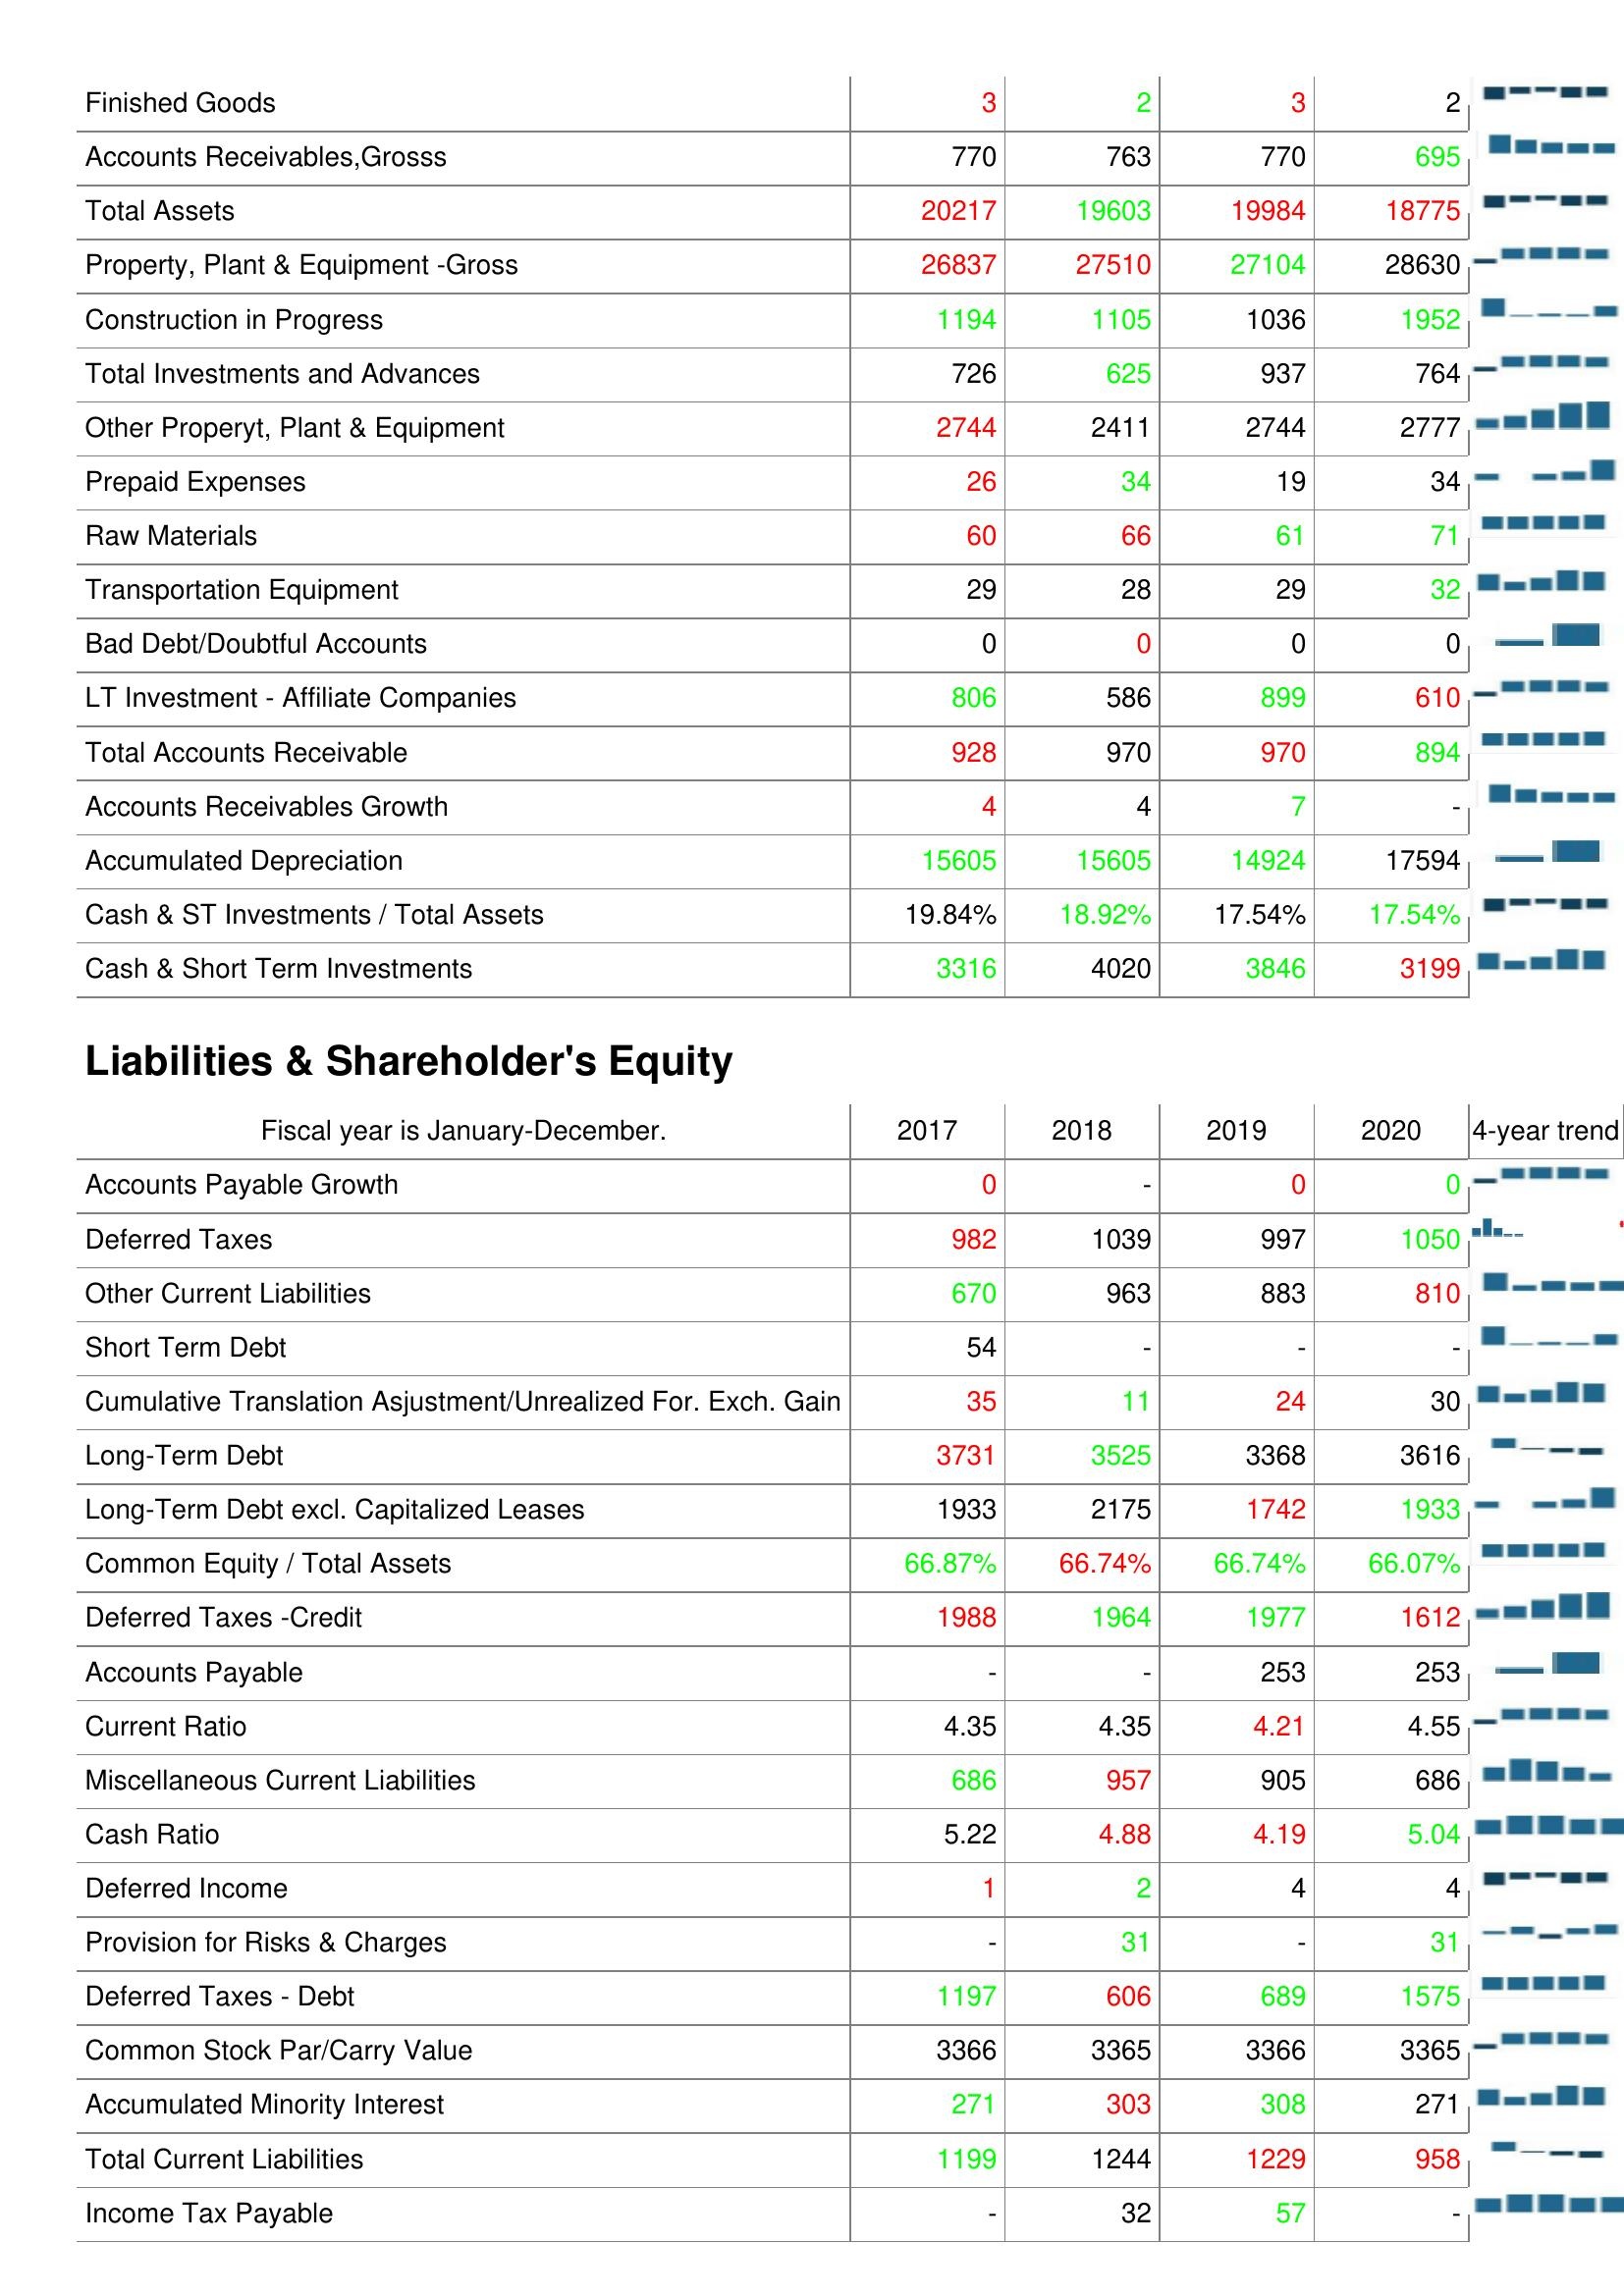
2017: Assets: Finished Goods: 3
Accounts Receivables,Grosss: 770
Total Assets: 20217
Property, Plant & Equipment -Gross: 26837
Construction in Progress: 1194
Total Investments and Advances: 726
Other Properyt, Plant & Equipment: 2744
Prepaid Expenses: 26
Raw Materials: 60
Transportation Equipment: 29
Bad Debt/Doubtful Accounts: 0
LT Investment - Affiliate Companies: 806
Total Accounts Receivable: 928
Accounts Receivables Growth: 4
Accumulated Depreciation: 15605
Cash & ST Investments / Total Assets: 19.84%
Cash & Short Term Investments: 3316
Liabilities & Shareholder's Equity: Accounts Payable Growth: 0
Deferred Taxes: 982
Other Current Liabilities: 670
Short Term Debt: 54
Cumulative Translation Asjustment/Unrealized For. Exch. Gain: 35
Long-Term Debt: 3731
Long-Term Debt excl. Capitalized Leases: 1933
Common Equity / Total Assets: 66.87%
Deferred Taxes -Credit: 1988
Accounts Payable: -
Current Ratio: 4.35
Miscellaneous Current Liabilities: 686
Cash Ratio: 5.22
Deferred Income: 1
Provision for Risks & Charges: -
Deferred Taxes - Debt: 1197
Common Stock Par/Carry Value: 3366
Accumulated Minority Interest: 271
Total Current Liabilities: 1199
Income Tax Payable: -
2018: Assets: Finished Goods: 2
Accounts Receivables,Grosss: 763
Total Assets: 19603
Property, Plant & Equipment -Gross: 27510
Construction in Progress: 1105
Total Investments and Advances: 625
Other Properyt, Plant & Equipment: 2411
Prepaid Expenses: 34
Raw Materials: 66
Transportation Equipment: 28
Bad Debt/Doubtful Accounts: 0
LT Investment - Affiliate Companies: 586
Total Accounts Receivable: 970
Accounts Receivables Growth: 4
Accumulated Depreciation: 15605
Cash & ST Investments / Total Assets: 18.92%
Cash & Short Term Investments: 4020
Liabilities & Shareholder's Equity: Accounts Payable Growth: -
Deferred Taxes: 1039
Other Current Liabilities: 963
Short Term Debt: -
Cumulative Translation Asjustment/Unrealized For. Exch. Gain: 11
Long-Term Debt: 3525
Long-Term Debt excl. Capitalized Leases: 2175
Common Equity / Total Assets: 66.74%
Deferred Taxes -Credit: 1964
Accounts Payable: -
Current Ratio: 4.35
Miscellaneous Current Liabilities: 957
Cash Ratio: 4.88
Deferred Income: 2
Provision for Risks & Charges: 31
Deferred Taxes - Debt: 606
Common Stock Par/Carry Value: 3365
Accumulated Minority Interest: 303
Total Current Liabilities: 1244
Income Tax Payable: 32
2019: Assets: Finished Goods: 3
Accounts Receivables,Grosss: 770
Total Assets: 19984
Property, Plant & Equipment -Gross: 27104
Construction in Progress: 1036
Total Investments and Advances: 937
Other Properyt, Plant & Equipment: 2744
Prepaid Expenses: 19
Raw Materials: 61
Transportation Equipment: 29
Bad Debt/Doubtful Accounts: 0
LT Investment - Affiliate Companies: 899
Total Accounts Receivable: 970
Accounts Receivables Growth: 7
Accumulated Depreciation: 14924
Cash & ST Investments / Total Assets: 17.54%
Cash & Short Term Investments: 3846
Liabilities & Shareholder's Equity: Accounts Payable Growth: 0
Deferred Taxes: 997
Other Current Liabilities: 883
Short Term Debt: -
Cumulative Translation Asjustment/Unrealized For. Exch. Gain: 24
Long-Term Debt: 3368
Long-Term Debt excl. Capitalized Leases: 1742
Common Equity / Total Assets: 66.74%
Deferred Taxes -Credit: 1977
Accounts Payable: 253
Current Ratio: 4.21
Miscellaneous Current Liabilities: 905
Cash Ratio: 4.19
Deferred Income: 4
Provision for Risks & Charges: -
Deferred Taxes - Debt: 689
Common Stock Par/Carry Value: 3366
Accumulated Minority Interest: 308
Total Current Liabilities: 1229
Income Tax Payable: 57
2020: Assets: Finished Goods: 2
Accounts Receivables,Grosss: 695
Total Assets: 18775
Property, Plant & Equipment -Gross: 28630
Construction in Progress: 1952
Total Investments and Advances: 764
Other Properyt, Plant & Equipment: 2777
Prepaid Expenses: 34
Raw Materials: 71
Transportation Equipment: 32
Bad Debt/Doubtful Accounts: 0
LT Investment - Affiliate Companies: 610
Total Accounts Receivable: 894
Accounts Receivables Growth: -
Accumulated Depreciation: 17594
Cash & ST Investments / Total Assets: 17.54%
Cash & Short Term Investments: 3199
Liabilities & Shareholder's Equity: Accounts Payable Growth: 0
Deferred Taxes: 1050
Other Current Liabilities: 810
Short Term Debt: -
Cumulative Translation Asjustment/Unrealized For. Exch. Gain: 30
Long-Term Debt: 3616
Long-Term Debt excl. Capitalized Leases: 1933
Common Equity / Total Assets: 66.07%
Deferred Taxes -Credit: 1612
Accounts Payable: 253
Current Ratio: 4.55
Miscellaneous Current Liabilities: 686
Cash Ratio: 5.04
Deferred Income: 4
Provision for Risks & Charges: 31
Deferred Taxes - Debt: 1575
Common Stock Par/Carry Value: 3365
Accumulated Minority Interest: 271
Total Current Liabilities: 958
Income Tax Payable: -